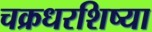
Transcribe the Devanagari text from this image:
चक्रधरशिष्या